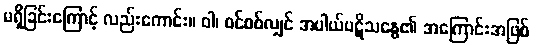
မရှိခြင်းကြောင့် လည်းကောင်း။ ဝါ၊ စင်စစ်လျှင် အပါယ်ပဋိသန္ဓေ၏ အကြောင်းအဖြစ်